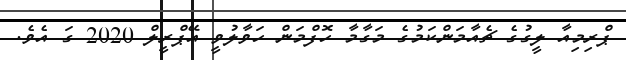
ޕްރިމިއާ ލީގުގެ ޗެއާމަންކަމުގެ މަގާމާ ހޮފްމަން ހަވާލުވީ އޭޕްރީލް 2020 ގަ އެވެ.